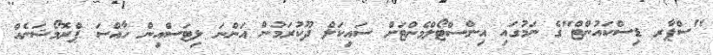
"ސްޕާރ ޑިސްކައުންޓް"ގެ ނަމުގައި އިންސްޓޯލްމެންޓަށް ސައިކަލް ދޫކުރަމުން އަންނަ ލިޓަސްއިން ހާއްސަ ޕްރޮމޯޝަނެއް